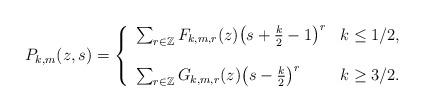
LaTeX: \begin{align*}P_{k,m}(z,s) = \left\{\begin{array}{ll}\sum_{r \in \mathbb{Z}} F_{k,m,r}(z)\bigl(s+\frac{k}{2}-1\bigr)^r & k \leq 1/2, \\\ \\\sum_{r \in \mathbb{Z}} G_{k,m,r}(z)\bigl(s-\frac{k}{2}\bigr)^r & k \geq 3/2.\end{array} \right.\end{align*}